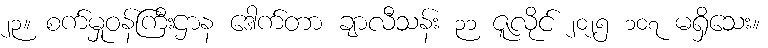
၂၃။ စက်မှုဝန်ကြီးဌာန ဒေါက်တာ ချာလီသန်း ၃၁ ဇူလိုင် ၂၀၂၅ ၁၀၇ မရှိသေး။